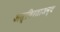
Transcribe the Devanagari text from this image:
अस्थिरताअन्य